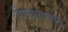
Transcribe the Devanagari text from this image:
शिरवळपासून